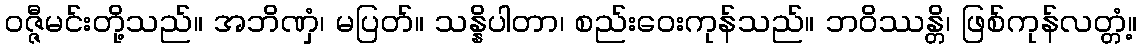
ဝဇ္ဇီမင်းတို့သည်။ အဘိဏှံ၊ မပြတ်။ သန္နိပါတာ၊ စည်းဝေးကုန်သည်။ ဘဝိဿန္တိ၊ ဖြစ်ကုန်လတ္တံ့။